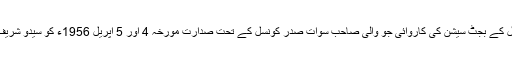
اس کے ثبوت میں سوات مشاورتی کونسل کے بجٹ سیشن کی کاروائی جو والی صاحب سوات صدر کونسل کے تحت صدارت مورخہ 4 اور 5 اپریل 1956ء کو سیدو شریف میں منعقد ہوا تھا، درج کرنا کافی ہوگا۔